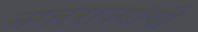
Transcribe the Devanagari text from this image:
नगरराज्यांची